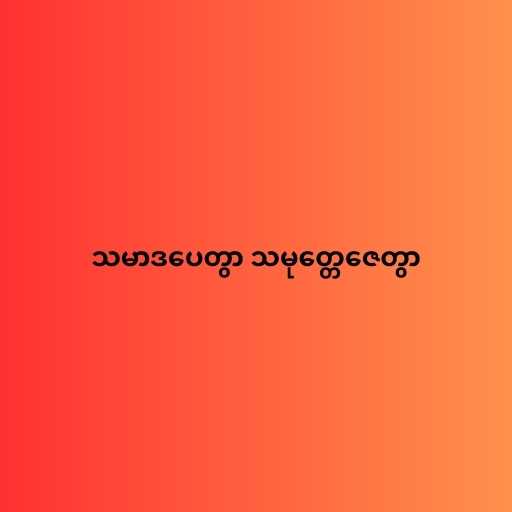
သမာဒပေတွာ သမုတ္တေဇေတွာ